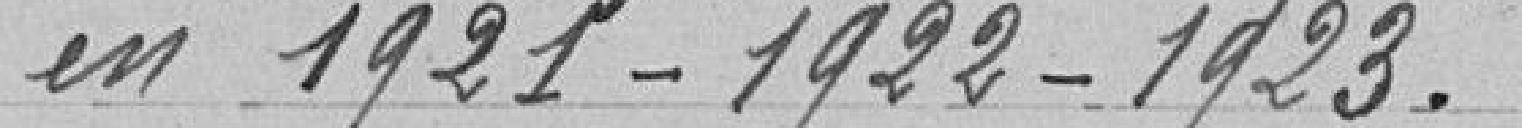
en 1921-1922-1923.